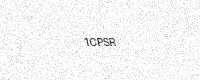
Text: 1CPSR